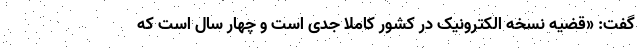
گفت: «قضیه نسخه الکترونیک در کشور کاملا جدی است و چهار سال است که